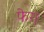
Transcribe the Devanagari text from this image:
फेग